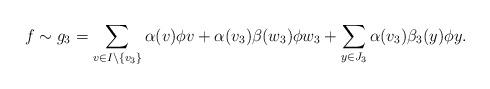
LaTeX: \begin{align*} f\sim g_3=\sum_{v\in I\setminus \{v_3\}} \alpha(v)\phi v+\alpha(v_3)\beta(w_3)\phi w_3 + \sum_{y\in J_3}\alpha(v_3)\beta_3(y)\phi y.\end{align*}